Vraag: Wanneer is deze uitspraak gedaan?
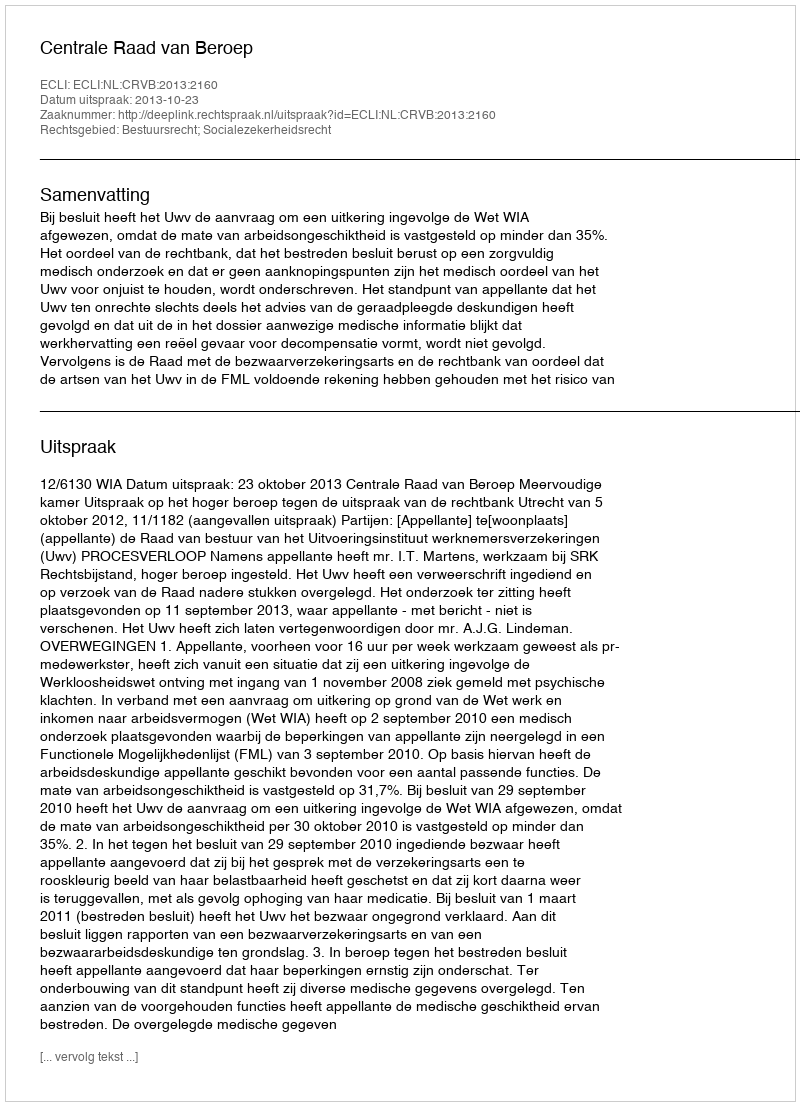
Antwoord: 2013-10-23